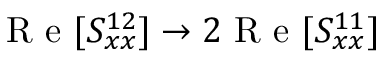
\textrm { R e } [ S _ { x x } ^ { 1 2 } ] \rightarrow 2 \textrm { R e } [ S _ { x x } ^ { 1 1 } ]